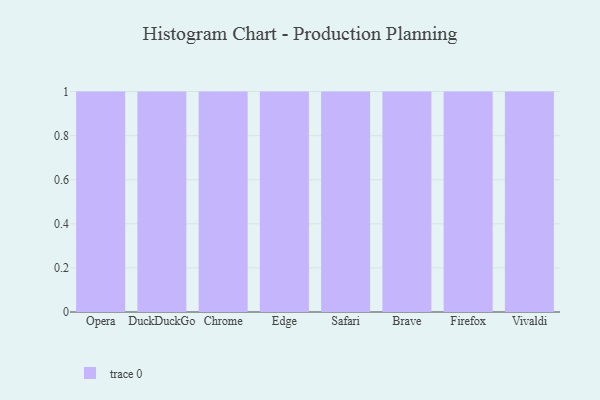
{"axis": {"x": "Browser", "y": "Net Income (USD K)"}, "legend": [""], "data": [{"x": "Opera", "y": 30, "type": ""}, {"x": "DuckDuckGo", "y": 14, "type": ""}, {"x": "Chrome", "y": 83, "type": ""}, {"x": "Edge", "y": 70, "type": ""}, {"x": "Safari", "y": 26, "type": ""}, {"x": "Brave", "y": 100, "type": ""}, {"x": "Firefox", "y": 51, "type": ""}, {"x": "Vivaldi", "y": 66, "type": ""}]}